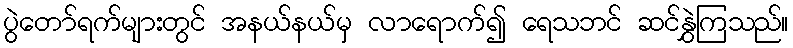
ပွဲတော်ရက်များတွင် အနယ်နယ်မှ လာရောက်၍ ရေသဘင် ဆင်နွှဲကြသည်။